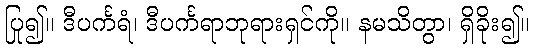
ပြု၍။ ဒီပင်္ကရံ၊ ဒီပင်္ကရာဘုရားရှင်ကို။ နမသိတွာ၊ ရှိခိုး၍။